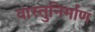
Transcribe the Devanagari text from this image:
वास्तुनिर्माण